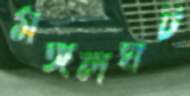
মঙ্গলঘট